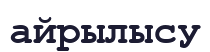
айрылысу